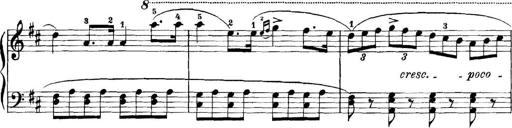
Title: 11 Sonatinas
Composer: Anton Diabelli